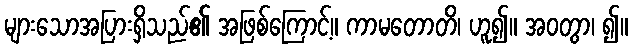
များသောအပြားရှိသည်၏ အဖြစ်ကြောင့်။ ကာမတောတိ၊ ဟူ၍။ အဝတွာ၊ ၍။